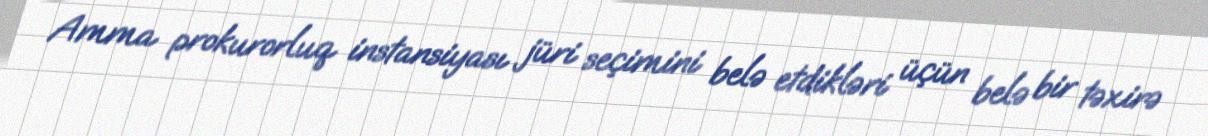
Amma prokurorluq instansiyası jüri seçimini belə etdikləri üçün belə bir təxirə